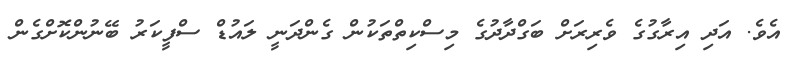
އެވެ. އަދި އިރާގުގެ ވެރިރަށް ބަގްދާދުގެ މިސްކިތްތަކުން ގެންދަނީ ލައުޑް ސްފީކަރު ބޭނުންކޮށްގެން